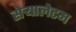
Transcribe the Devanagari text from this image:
सेर्‍यालेटम